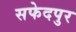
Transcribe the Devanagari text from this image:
सफेदपुर